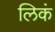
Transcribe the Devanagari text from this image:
लिकं